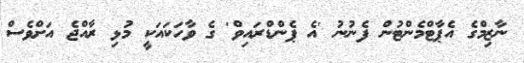
ނާޒިމްގެ އެޕާޓްމެންޓުން ފެނުނު 'އެ ޕެންޑްރައިވް' ގެ ވާހަކައަކީ މުޅި ރާއްޖެ އަށްވެސް